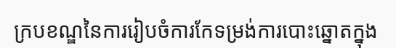
ក្របខណ្ឌនៃការរៀបចំការកែទម្រង់ការបោះឆ្នោតក្នុង